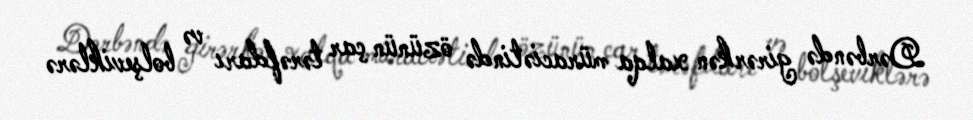
Dərbəndə girərkən xalqa müraciətində özünün çar tərəfdarı və bolşeviklərə